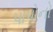
પાપોનો